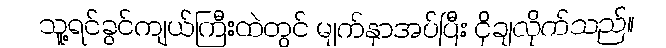
သူ့ရင်ခွင်ကျယ်ကြီးထဲတွင် မျက်နှာအပ်ပြီး ငိုချလိုက်သည်။